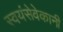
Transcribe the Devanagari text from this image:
स्वयंसेवेकानी